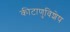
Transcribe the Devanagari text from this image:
कीटाणुविशेष